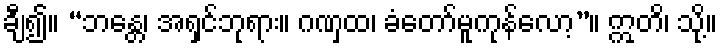
ချီ၍။ “ဘန္တေ၊ အရှင်ဘုရား။ ဂဏှထ၊ ခံတော်မူကုန်လော့”။ ဣတိ၊ သို့။